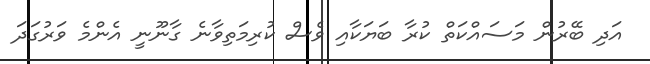
އަދި ބޭރުން މަސައްކަތް ކުރާ ބަޔަކާއި ވެސް ކުރިމަތިވާނެ ގާނޫނީ އެންމެ ވަރުގަދަ